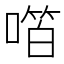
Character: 𫫝